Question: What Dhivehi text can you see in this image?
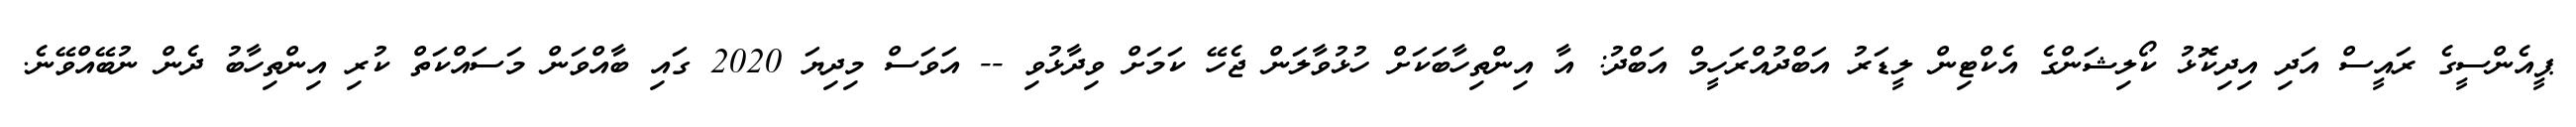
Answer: ޕީއެންސީގެ ރައީސް އަދި އިދިކޮޅު ކޯލިޝަންގެ އެކްޓިން ލީޑަރު އަބްދުއްރަހީމް އަބްދު: އާ އިންތިހާބަކަށް ހުޅުވާލަން ޖެހޭ ކަމަށް ވިދާޅުވި -- އަވަސް މިދިޔަ 2020 ގައި ބާއްވަން މަސައްކަތް ކުރި އިންތިހާބު ދެން ނުބޭއްވޭނެ.